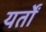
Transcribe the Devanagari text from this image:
यर्तों